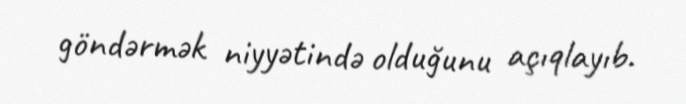
göndərmək niyyətində olduğunu açıqlayıb.